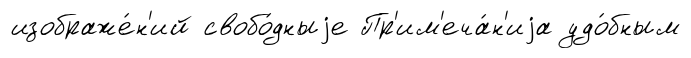
изображе́н'ий свобо́дныjе Пр'им'еча́н'иjа удо́бным